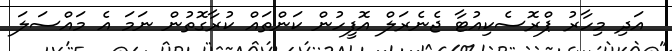
އަދި މިހާރު ޕްރޮސެކިއުޓާ ޖެނެރަލް އޮފީހުން ކަންތައް ކުރާގޮތުން ނަމަ އެ މައްސަލަ